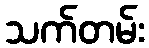
သက်တမ်း